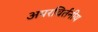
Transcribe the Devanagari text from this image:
अपरविर्तनीय